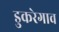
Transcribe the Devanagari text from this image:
डुकरेगाव